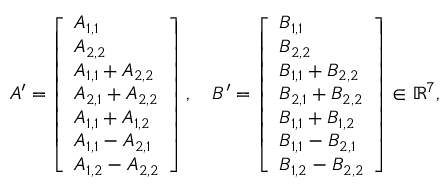
\begin{array} { r l } & { A ^ { \prime } = \left[ \begin{array} { l } { A _ { 1 , 1 } } \\ { A _ { 2 , 2 } } \\ { A _ { 1 , 1 } + A _ { 2 , 2 } } \\ { A _ { 2 , 1 } + A _ { 2 , 2 } } \\ { A _ { 1 , 1 } + A _ { 1 , 2 } } \\ { A _ { 1 , 1 } - A _ { 2 , 1 } } \\ { A _ { 1 , 2 } - A _ { 2 , 2 } } \end{array} \right] , \quad B ^ { \prime } = \left[ \begin{array} { l } { B _ { 1 , 1 } } \\ { B _ { 2 , 2 } } \\ { B _ { 1 , 1 } + B _ { 2 , 2 } } \\ { B _ { 2 , 1 } + B _ { 2 , 2 } } \\ { B _ { 1 , 1 } + B _ { 1 , 2 } } \\ { B _ { 1 , 1 } - B _ { 2 , 1 } } \\ { B _ { 1 , 2 } - B _ { 2 , 2 } } \end{array} \right] \in \mathbb { R } ^ { 7 } , } \end{array}